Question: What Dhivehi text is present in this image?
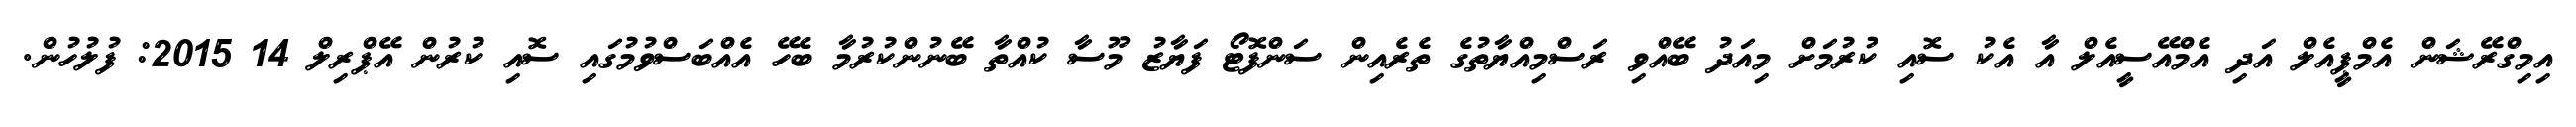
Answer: އިމިގްރޭޝަން އެމްޕީއެލް އަދި އެމްއޭސީއެލް އާ އެކު ސޮއި ކުރުމަށް މިއަދު ބޭއްވި ރަސްމިއްޔާތުގެ ތެރެއިން ސަންފޮޓޯ ފަޔާޒު މޫސާ ކުއްތާ ބޭނުންކުރުމާ ބެހޭ އެއްބަސްވުމުގައި ސޮއި ކުރުން އޭޕްރިލް 14 2015: ފުލުހުން.